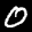
Label: 0